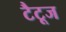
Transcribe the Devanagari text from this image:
टैटूज